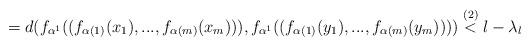
LaTeX: \begin{align*}=d(f_{\alpha ^{1}}((f_{\alpha (1)}(x_{1}),...,f_{\alpha(m)}(x_{m}))),f_{\alpha ^{1}}((f_{\alpha (1)}(y_{1}),...,f_{\alpha(m)}(y_{m}))))\overset{(2)}{<}l-\lambda _{l} \end{align*}